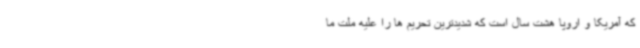
که آمریکا و اروپا هشت سال است که شدیدترین تحریم ها را علیه ملت ما